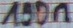
Text: 100n